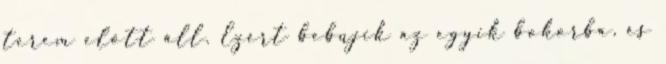
terem előtt áll. Ezért bebújik az egyik bokorba, és